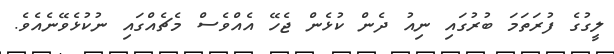
ލީގުގެ ފުރަތަމަ ބުރުގައި ނިއު ދެން ކުޅެން ޖެހޭ އެއްވެސް މެޗެއްގައި ނުކުޅެވޭނެއެވެ.